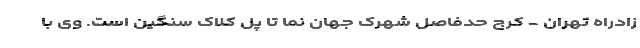
زادراه تهران - کرج حدفاصل شهرک جهان نما تا پل کلاک سنگین است. وی با